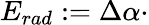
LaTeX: E_{rad}:=\Delta\alpha\cdot